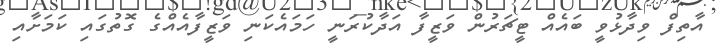
އާތިފް ވިދާޅުވީ ބައެއް ޓީޗަރުން ވަޒީފާ އަދާކުރަނީ ހަމައެކަނި ވަޒީފާއެއްގެ ގޮތުގައި ކަމަށާއި